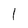
Character: l